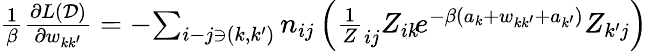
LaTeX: \begin{array}{r}{\frac 1\beta\frac{\partial L(\mathcal D)}{\partial w_{kk^{\prime}}}=-\! \sum_{i-j\ni(k,k^{\prime})}n_{ij}\left(\frac 1Z_{ij}Z_{ik}\! e^{-\beta(a_{k}+w_{kk^{\prime}}+a_{k^{\prime}})}Z_{k^{\prime}j}\right)}\end{array}